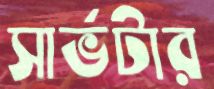
সার্ভটার